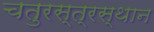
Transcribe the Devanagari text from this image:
चतुरस्त्रस्थान